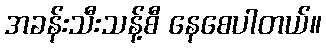
အခန်းသီးသန့်စီ နေစေပါတယ်။